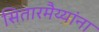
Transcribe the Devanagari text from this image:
सितारमैय्यांना